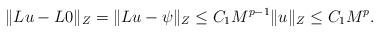
LaTeX: \begin{align*}\|Lu-L0\|_{Z}=\|Lu-\psi\|_{Z}\leq C_{1}M^{p-1}\|u\|_{Z}\leq C_{1}M^{p}.\end{align*}